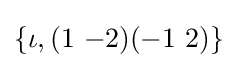
\{\iota ,(1\ {-2})(-1\ 2)\}